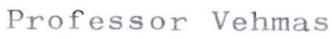
Professor Vehmas